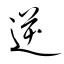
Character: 逆